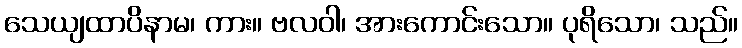
သေယျထာပိနာမ၊ ကား။ ဗလဝါ၊ အားကောင်းသော။ ပုရိသော၊ သည်။